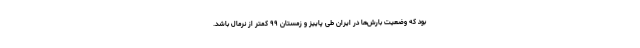
بود که وضعیت بارش‌ها در ایران طی پاییز و زمستان ۹۹ کمتر از نرمال باشد.